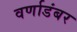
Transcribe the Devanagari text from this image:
वर्णाडंबर